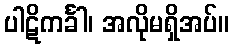
ပါဋိကင်္ခါ၊ အလိုမရှိအပ်။